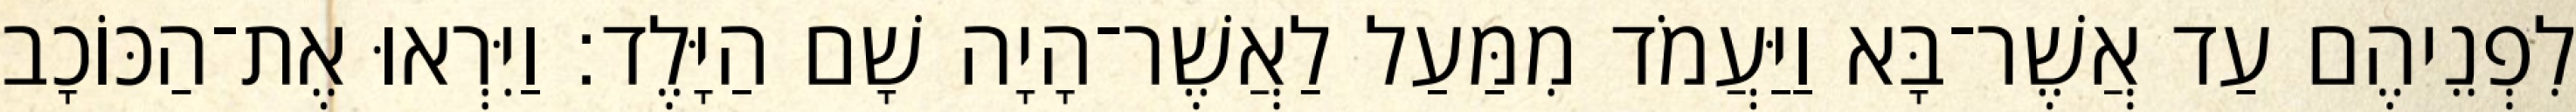
לִפְנֵיהֶם עַד אֲשֶׁר־בָּא וַיַּעֲמֹד מִמַּעַל לַאֲשֶׁר־הָיָה שָׁם הַיָּלֶד׃ וַיִּרְאוּ אֶת־הַכּוֹכָב